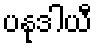
ပနုဒါယီ